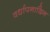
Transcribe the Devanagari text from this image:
वर्धापनादिन